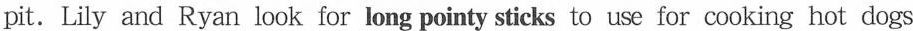
pit. Lily and Ryan look for long pointy sticks to use for cooking hot dogs